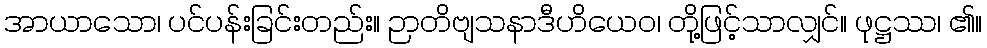
အာယာသော၊ ပင်ပန်းခြင်းတည်း။ ဉာတိဗျသနာဒီဟိယေဝ၊ တို့ဖြင့်သာလျှင်။ ဖုဋ္ဌဿ၊ ၏။